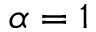
\alpha = 1